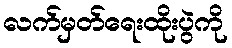
လက်မှတ်ရေးထိုးပွဲကို